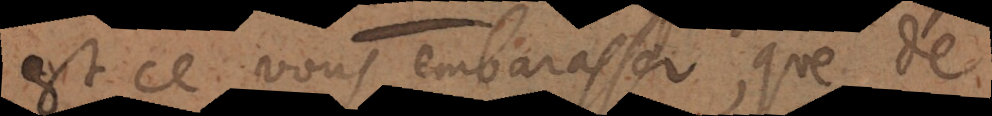
est ce vous embarasser, que de